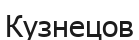
Кузнецов